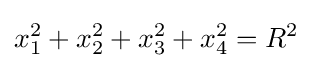
x_{1}^{2}+x_{2}^{2}+x_{3}^{2}+x_{4}^{2}=R^{2}